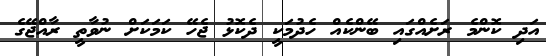
އަދި ކޮންމެ ރަށެއްގައި ބޭންކެއް ހެދުމަކީ ދެކޮޅު ޖެހޭ ކަމަކަށް ނުވާތީ ރާއްޖޭގެ